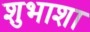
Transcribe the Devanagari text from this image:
शुभाशा